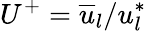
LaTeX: {U}^{+}=\overline{{u}}_{l}/u_{l}^{*}